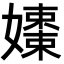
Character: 𡣒